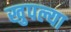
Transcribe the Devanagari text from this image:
खुपल्या